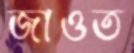
জাওত